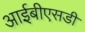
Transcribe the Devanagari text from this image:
आईबीएसडी